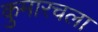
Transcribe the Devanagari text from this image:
कुमारचला